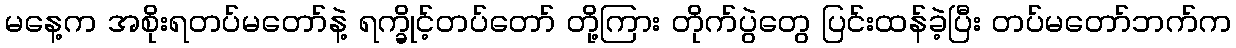
မနေ့က အစိုးရတပ်မတော်နဲ့ ရက္ခိုင့်တပ်တော် တို့ကြား တိုက်ပွဲတွေ ပြင်းထန်ခဲ့ပြီး တပ်မတော်ဘက်က